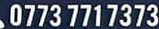
0773 771 7373